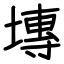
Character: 塼